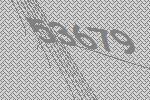
53679